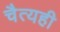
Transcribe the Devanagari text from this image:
चैत्यही